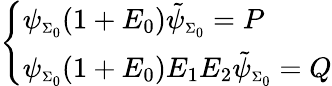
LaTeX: \left\{ \begin{array}{l}{{\psi_{\scriptscriptstyle\Sigma_{0}}(1+E_{0})\tilde{\psi}_{\scriptscriptstyle\Sigma_{0}}=P}}\\ {{\psi_{\scriptscriptstyle\Sigma_{0}}(1+E_{0})E_{1}E_{2}\tilde{\psi}_{\scriptscriptstyle\Sigma_{0}}=Q}}\end{array}\right.